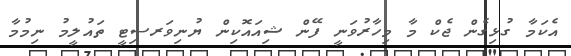
އެކަމާ ގުޅިގެން ޖެކް މާ މިހާރުވަނީ ފޭން ޝިއައޮކިން ޔުނިވަރސިޓީ ތައުލީމު ނިމުމާ